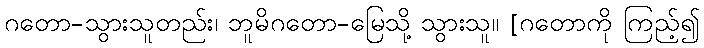
ဂတော-သွားသူတည်း၊ ဘူမိဂတော-မြေသို့ သွားသူ။ [ဂတောကို ကြည့်၍